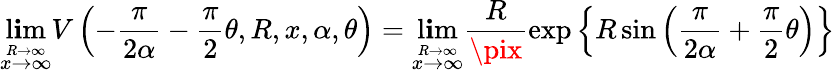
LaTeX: \operatorname*{l\mathbf{i}m}_{\stackrel{R\to\infty}{x\to\infty}}V\left(-\frac{{\pi}}{{2\alpha}}-\frac{{\pi}}{{2}}\theta,R,x,\alpha,\theta\right)=\operatorname*{l\mathbf{i}m}_{\stackrel{R\to\infty}{x\to\infty}}\frac{{R}}{{\pix}}\exp\left\{ R\sin\left(\frac{{\pi}}{{2\alpha}}+\frac{{\pi}}{{2}}\theta\right)\right\}